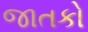
જાતકો